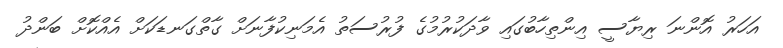
އަހަރު އޮންނަ ރިޔާސީ އިންތިހާބުގައި ވާދަކުރުމުގެ ފުރުސަތު އެމަނިކުފާނަށް ގާތްގަނޑަކަށް އެއްކޮށް ބަންދު